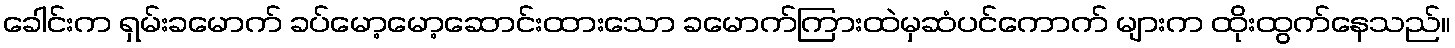
ခေါင်းက ရှမ်းခမောက် ခပ်မော့မော့ဆောင်းထားသော ခမောက်ကြားထဲမှဆံပင်ကောက် များက ထိုးထွက်နေသည်။